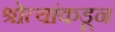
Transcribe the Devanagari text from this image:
श्रोत्यांकडून